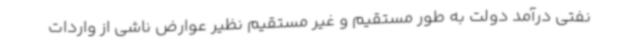
نفتی درآمد دولت به طور مستقیم و غیر مستقیم نظیر عوارض ناشی از واردات